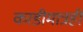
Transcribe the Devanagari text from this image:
काडीमात्रही